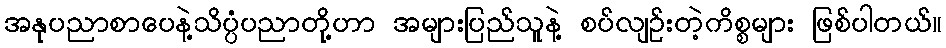
အနုပညာစာပေနဲ့သိပ္ပံပညာတို့ဟာ အများပြည်သူနဲ့ စပ်လျဉ်းတဲ့ကိစ္စများ ဖြစ်ပါတယ်။